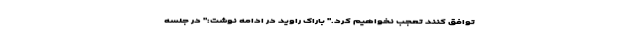
توافق كنند تعجب نخواهیم كرد." باراک راوید در ادامه نوشت:" در جلسه